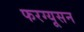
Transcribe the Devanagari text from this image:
फरग्यूसन